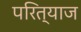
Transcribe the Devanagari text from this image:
परित्याज